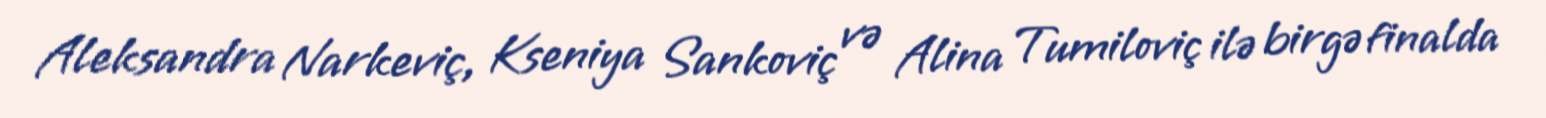
Aleksandra Narkeviç, Kseniya Sankoviç və Alina Tumiloviç ilə birgə finalda